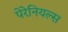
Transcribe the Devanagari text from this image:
पेरेनियल्स